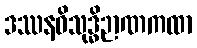
ဒဿနဝိသုဒ္ဓိဉာဏကထာ